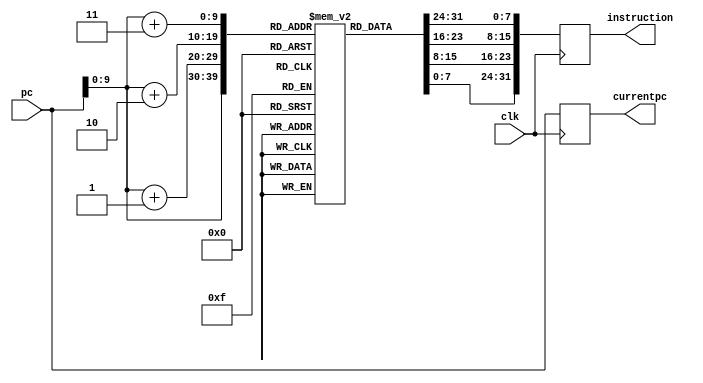
module Instrc_read(clk,pc,instruction,currentpc/*,opcode*/ );

output reg[31:0]currentpc;
output reg [31:0] instruction;
//output [5:0] opcode;
input [31:0] pc;
input clk;
reg [7:0] instructions[1023:0];
//reg [31:0]pcactual;
integer i;

reg [31:0]temp1,temp2,temp3;


initial 
begin

instructions[0]=8'b00111101;   //addi
instructions[1]=8'b00000000;
instructions[2]=8'b00010000;
instructions[3]=8'b00100001;

instructions[4]=8'b00100010;	 //sub
instructions[5]=8'b01000000;
instructions[6]=8'b00010001;
instructions[7]=8'b00000010;


instructions[8]=8'b00001000;		//beq
instructions[9]=8'b00000000;
instructions[10]=8'b00110010;
instructions[11]=8'b00010010;

//instructions[12]=8'b00001100;		//bne   will jump to the jump wala instruction if not equal
//instructions[13]=8'b00000000;
//instructions[14]=8'b00110010;
//instructions[15]=8'b00010110;

instructions[12]=8'b00000100;		//bne   will jump to the jump and link wala instruction if not equal
instructions[13]=8'b00000000;
instructions[14]=8'b00110010;
instructions[15]=8'b00010110;

instructions[16]=8'b00000000;		// load			100011  10000  10001  0000000000000001
instructions[17]=8'b00000000;
instructions[18]=8'b00010001;
instructions[19]=8'b10001110;

instructions[20]=8'b00001000;   //jump and link
instructions[21]=8'b00000000;
instructions[22]=8'b11100000;
instructions[23]=8'b00000011;

instructions[24]=8'b00000100;    //jump
instructions[25]=8'b00000000;
instructions[26]=8'b00000000;
instructions[27]=8'b00001000;


end

always@(posedge clk)
begin

currentpc=pc;
temp1=pc+32'd3;
temp2=pc+32'd2;
temp3=pc+32'd1;
//pcactual=pc/i;
instruction={instructions[pc+32'd3],instructions[pc+32'd2],instructions[pc+32'd1],instructions[pc]};
//assign opcode=instruction[31:26];

end

endmodule